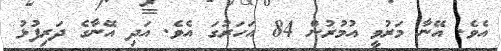
އެވެ. އޭނާ މަރުވީ އުމުރުން 84 އަހަރުގަ އެވެ. އަދި އޭނާގެ ދަރިފުޅު